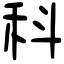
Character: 科